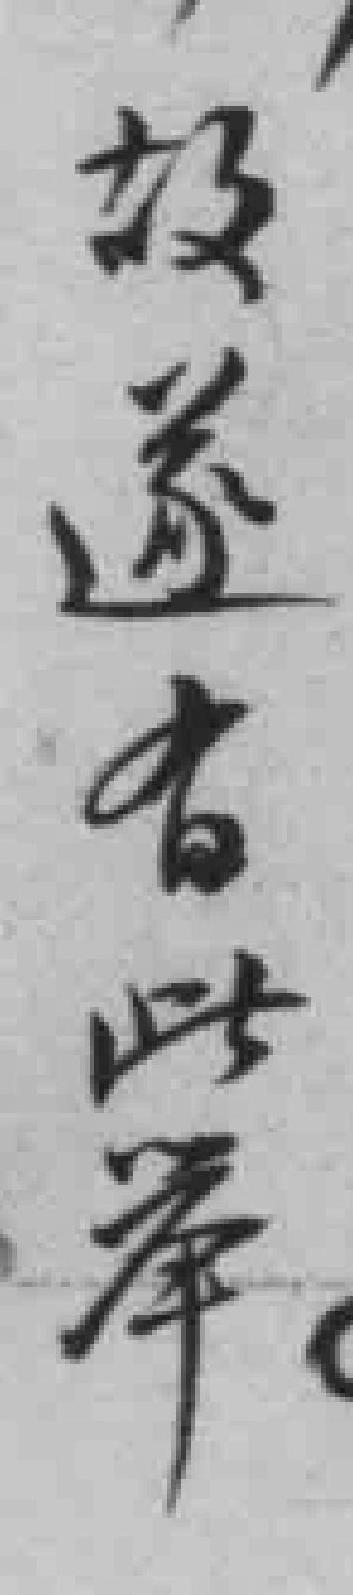
故遂有此举